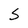
Character: S